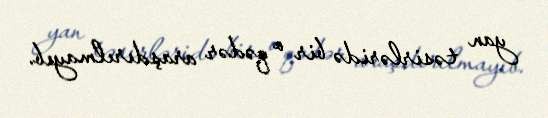
yan təsirləridə bir o qədər araşdırılmayıb.